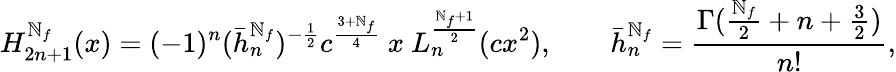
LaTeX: \mathnormal{H}_{2n+1}^{\mathbb{N}_{f}}(x)=(-1)^{n}(\bar{{h}}_{n}^{\mathbb{N}_{f}})^{-\frac{{1}}{{2}}}c^{\frac{{3+\mathbb{N}_{f}}}{{4}}}\ x\ \mathnormal{L}_{n}^{\frac{{\mathbb{N}_{f}+1}}{{2}}}(cx^{2}),\qquad\bar{{h}}_{n}^{\mathbb{N}_{f}}=\frac{{\Gamma(\frac{{\mathbb{N}_{f}}}{{2}}+n+\frac{{3}}{{2}})}}{{n!}},